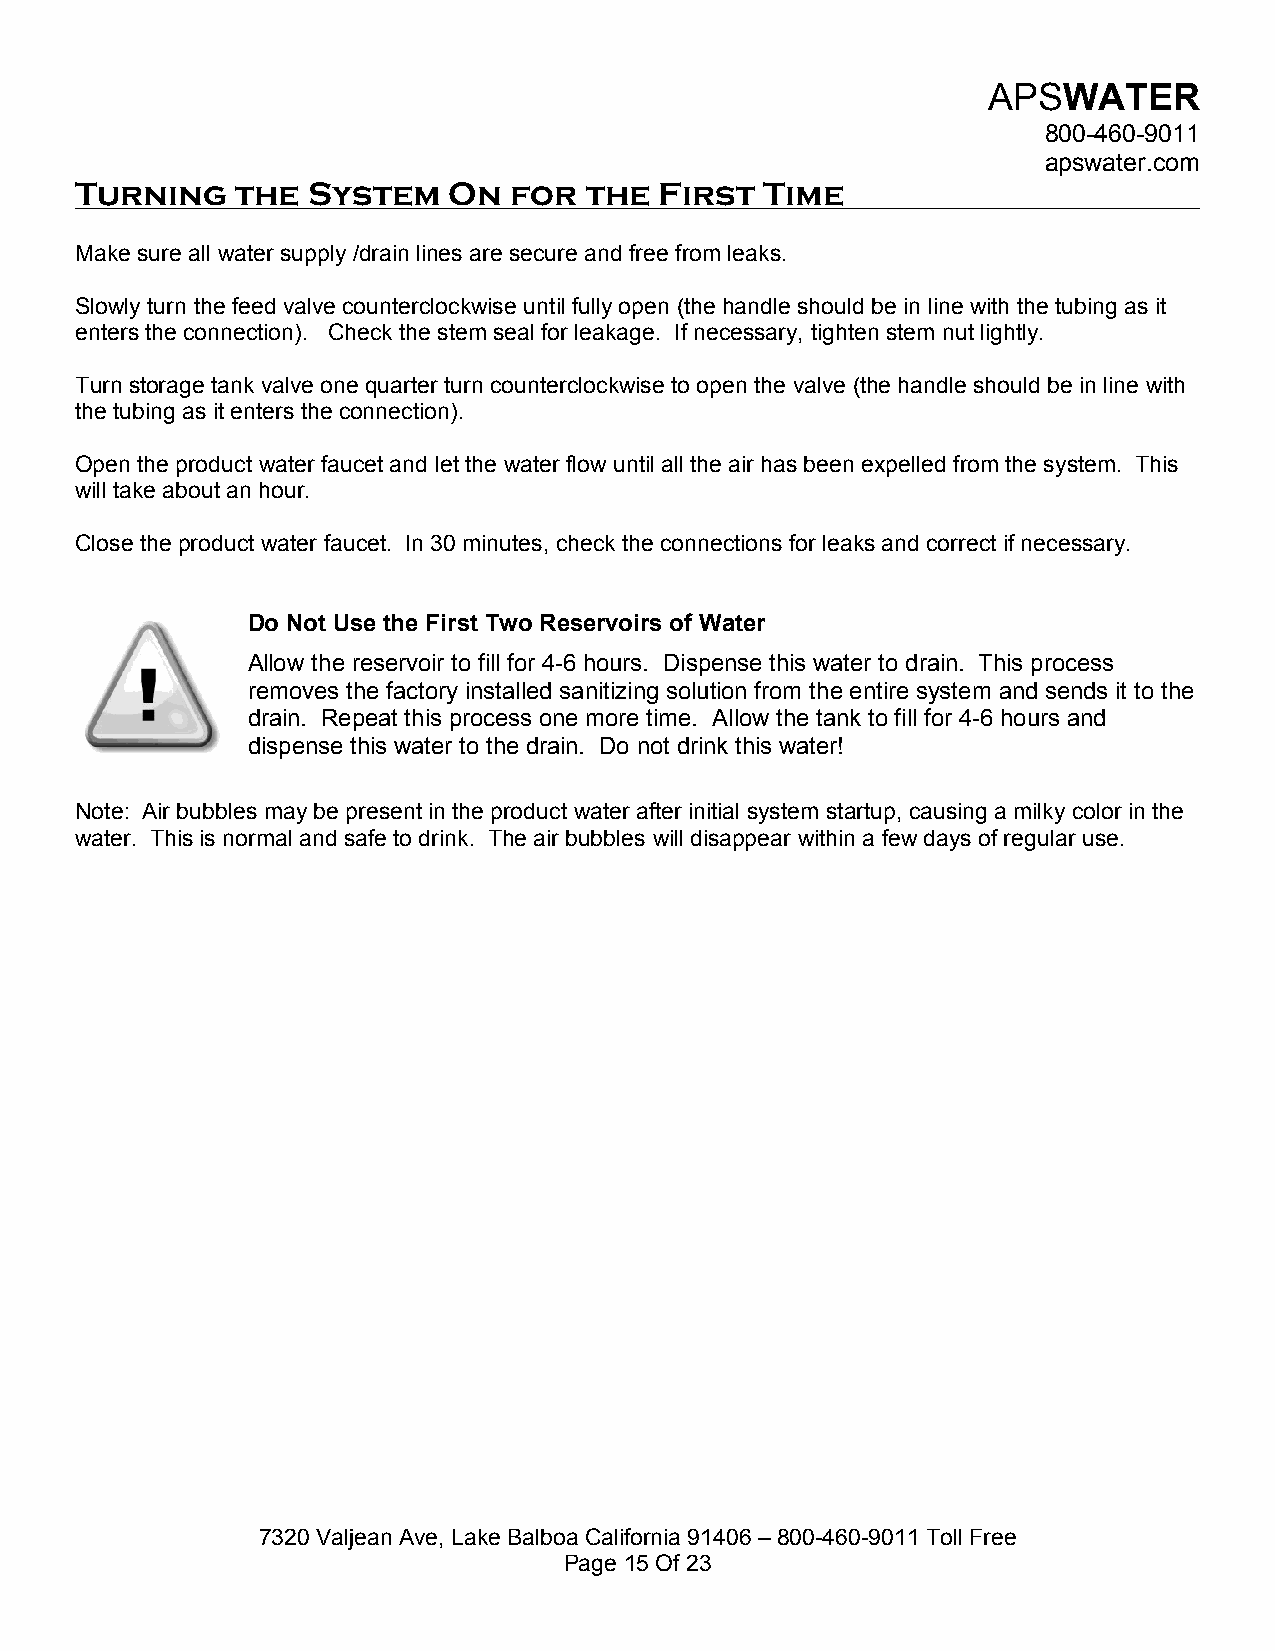
APSWATER
 800-460-9011
 apswater.com
 Turning    the System    On  for  the  First  Time
 Make sure all water supply /drain lines are secure and free from leaks.
 Slowly turn the feed valve counterclockwise until fully open (the handle should be in line with the tubing as it
 enters the connection). Check the stem seal for leakage. If necessary, tighten stem nut lightly.
 Turn storage tank valve one quarter turn counterclockwise to open the valve (the handle should be in line with
 the tubing as it enters the connection).
 Open the product water faucet and let the water flow until all the air has been expelled from the system. This
 will take about an hour.
 Close the product water faucet. In 30 minutes, check the connections for leaks and correct if necessary.
 Do Not Use the First Two Reservoirs of Water
 Allow the reservoir to fill for 4-6 hours. Dispense this water to drain. This process
 removes the factory installed sanitizing solution from the entire system and sends it to the
 drain. Repeat this process one more time. Allow the tank to fill for 4-6 hours and
 dispense this water to the drain. Do not drink this water!
 Note: Air bubbles may be present in the product water after initial system startup, causing a milky color in the
 water. This is normal and safe to drink. The air bubbles will disappear within a few days of regular use.
 7320 Valjean Ave, Lake Balboa California 91406 – 800-460-9011 Toll Free
 Page 15 Of 23